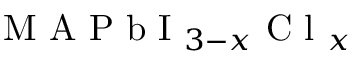
\textrm { M A P b I } _ { 3 - x } \textrm { C l } _ { x }